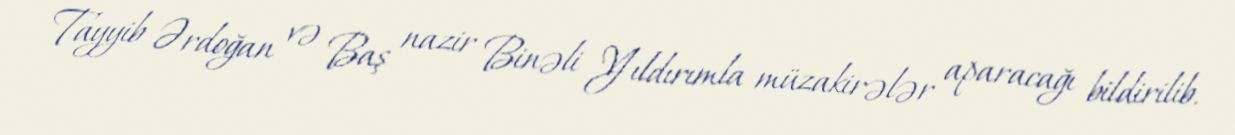
Tayyib Ərdoğan və Baş nazir Binəli Yıldırımla müzakirələr aparacağı bildirilib.